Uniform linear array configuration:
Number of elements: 24
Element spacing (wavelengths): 0.75
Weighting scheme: uniform
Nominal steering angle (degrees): -30
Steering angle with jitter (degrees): -31.935
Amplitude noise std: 0.05
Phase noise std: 0.05

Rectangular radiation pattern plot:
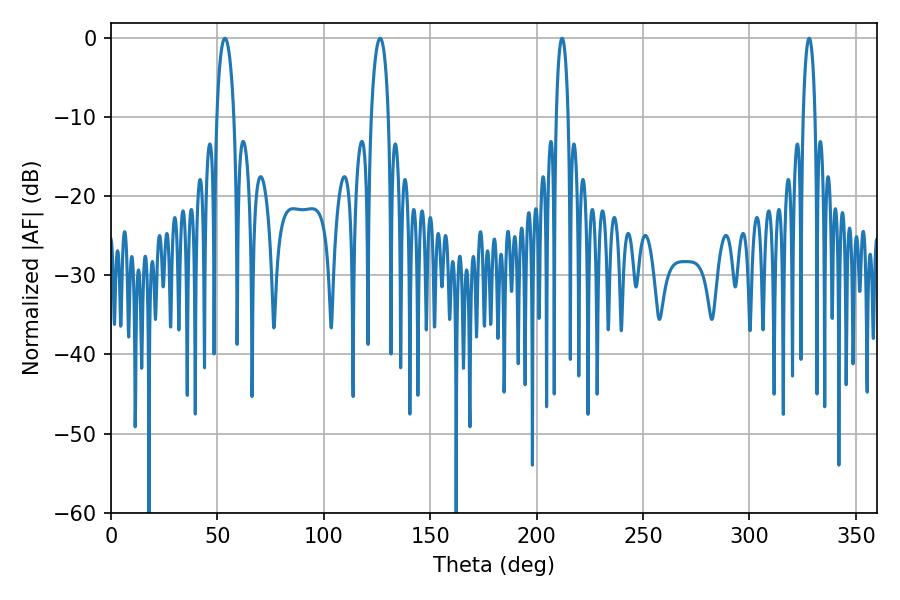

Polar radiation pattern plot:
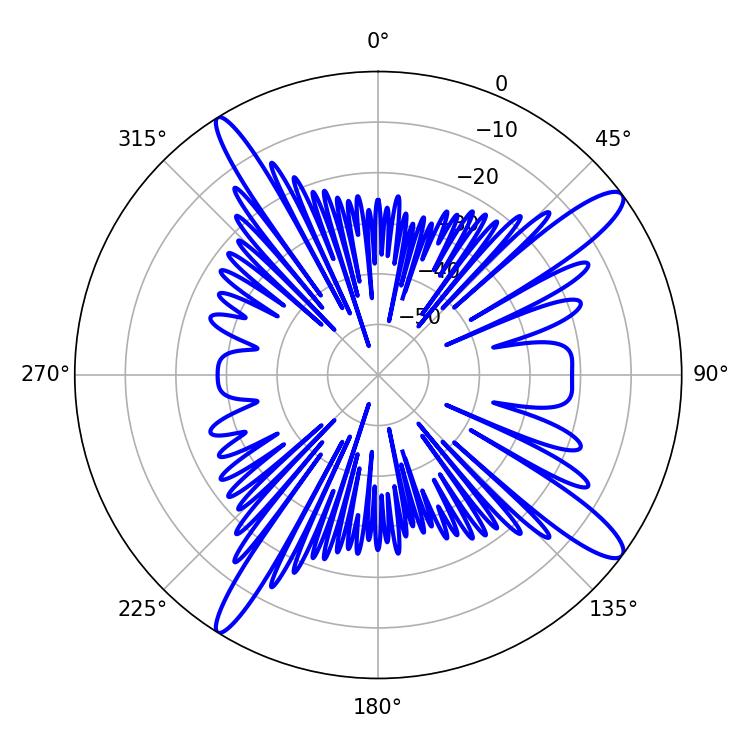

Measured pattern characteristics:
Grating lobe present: TRUE
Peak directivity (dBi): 13.915
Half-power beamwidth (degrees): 4.68
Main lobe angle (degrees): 126.54